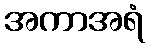
အကာအရံ